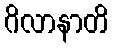
ဂိလာနာတိ